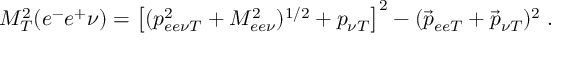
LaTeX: M _ { T } ^ { 2 } ( e ^ { - } e ^ { + } \nu ) = \left[ ( p _ { e e \nu T } ^ { 2 } + M _ { e e \nu } ^ { 2 } ) ^ { 1 / 2 } + p _ { \nu T } \right] ^ { 2 } - ( \vec { p } _ { e e T } + \vec { p } _ { \nu T } ) ^ { 2 } \; .